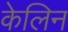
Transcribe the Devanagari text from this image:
केलिन